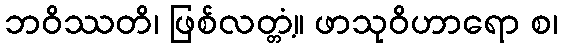
ဘဝိဿတိ၊ ဖြစ်လတ္တံ့။ ဖာသုဝိဟာရော စ၊